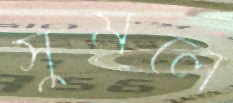
সুমলে